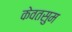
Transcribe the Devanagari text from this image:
केवतसुम